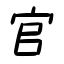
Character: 官